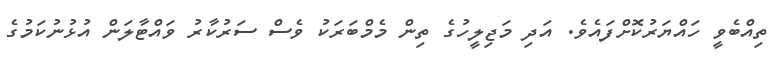
ތިއްބެވީ ހައްޔަރުކޮށްފައެވެ. އަދި މަޖިލީހުގެ ތިން މެމްބަރަކު ވެސް ސަރުކާރު ވައްޓާލަން އުޅުނުކަމުގެ